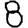
Digit: 8